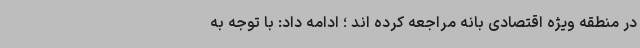
در منطقه ویژه اقتصادی بانه مراجعه کرده اند ؛ ادامه داد: با توجه به